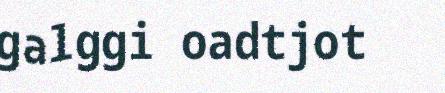
galggi oadtjot